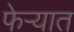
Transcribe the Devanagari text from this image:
फेऱ्यात